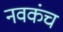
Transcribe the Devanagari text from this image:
नवकंच